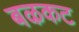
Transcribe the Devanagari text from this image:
बऴकट